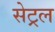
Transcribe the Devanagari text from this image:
सेट्रल